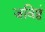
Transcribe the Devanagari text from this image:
जविष्ठं